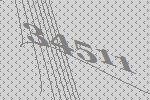
34511